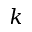
k